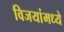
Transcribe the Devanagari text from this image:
विजयांमध्ये